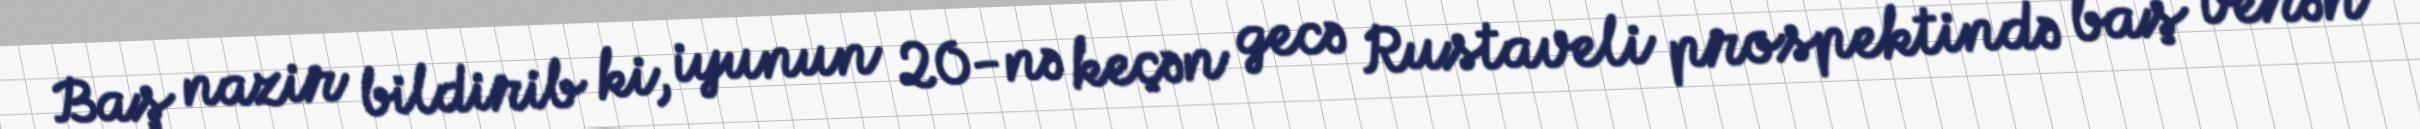
Baş nazir bildirib ki, iyunun 20-nə keçən gecə Rustaveli prospektində baş verən